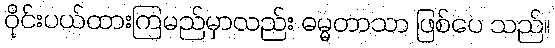
ဝိုင်းပယ်ထားကြမည်မှာလည်း ဓမ္မတာသာ ဖြစ်ပေ သည်။